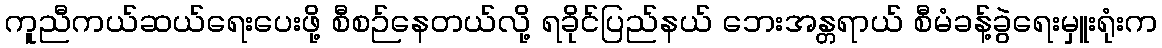
ကူညီကယ်ဆယ်ရေးပေးဖို့ စီစဉ်နေတယ်လို့ ရခိုင်ပြည်နယ် ဘေးအန္တရာယ် စီမံခန့်ခွဲရေးမှူးရုံးက